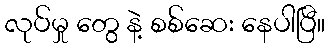
လုပ်မှု တွေ နဲ့ စစ်ဆေး နေပါပြီ။